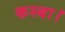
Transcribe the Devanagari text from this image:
कस्बा।